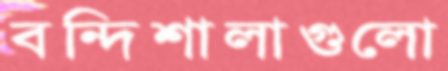
বন্দিশালাগুলো